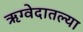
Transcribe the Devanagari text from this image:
ऋग्वेदातल्या